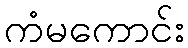
ကံမကောင်း